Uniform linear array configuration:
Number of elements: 48
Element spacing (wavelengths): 0.75
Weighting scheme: cosine
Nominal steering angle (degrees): -30
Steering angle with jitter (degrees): -30.033
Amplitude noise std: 0.05
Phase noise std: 0.05

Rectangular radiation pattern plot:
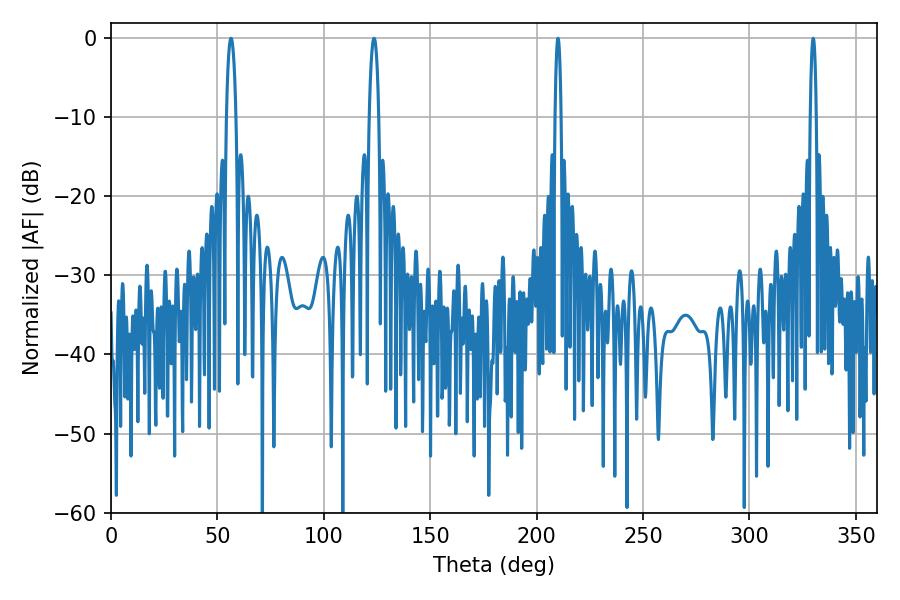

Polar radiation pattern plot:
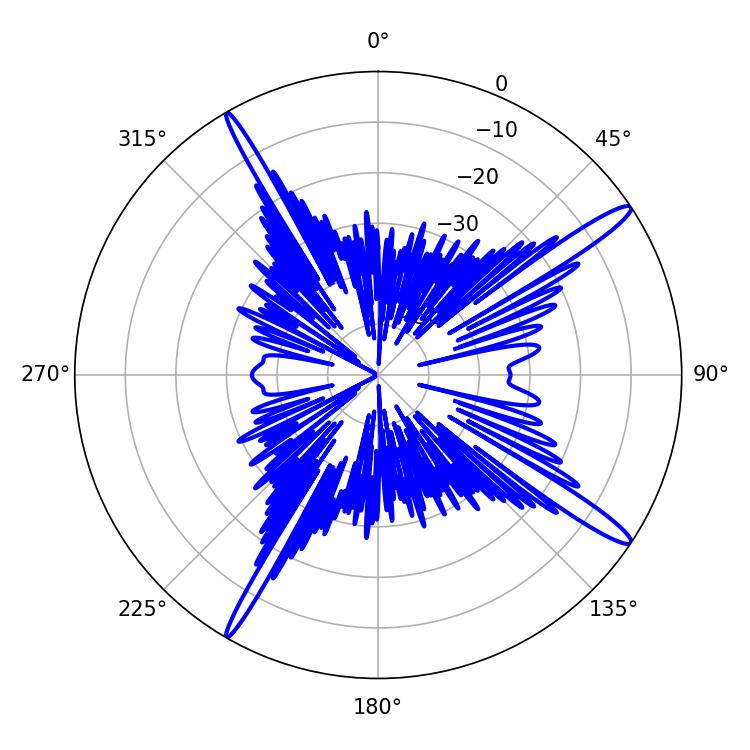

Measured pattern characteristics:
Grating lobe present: TRUE
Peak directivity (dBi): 15.863
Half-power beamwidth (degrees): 1.44
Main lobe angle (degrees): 329.94